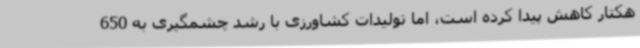
هکتار کاهش پیدا کرده است، اما تولیدات کشاورزی با رشد چشمگیری به 650